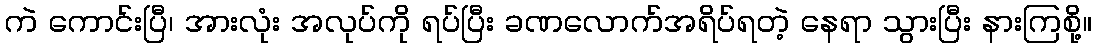
ကဲ ကောင်းပြီ၊ အားလုံး အလုပ်ကို ရပ်ပြီး ခဏလောက်အရိပ်ရတဲ့ နေရာ သွားပြီး နားကြစို့။